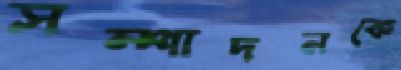
সম্পাদনকে